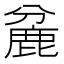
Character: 麄